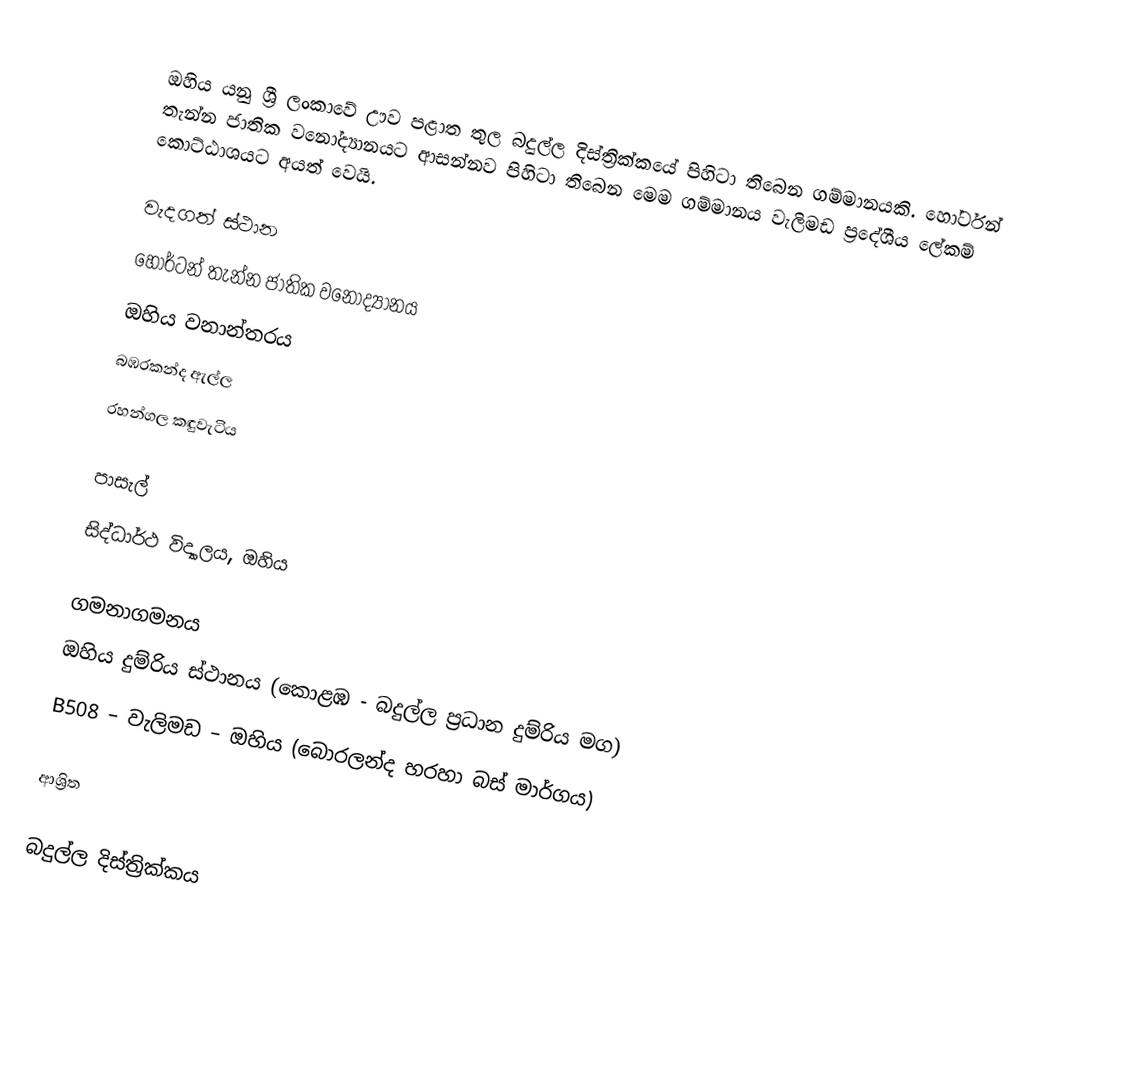
ඔහිය යනු ශ්‍රී ලංකාවේ ඌව පළාත තුල බදුල්ල දිස්ත්‍රික්කයේ පිහිටා තිබෙන ගම්මානයකි. හෝර්ටන් තැන්න ජාතික වනෝද්‍යානයට ආසන්නව පිහිටා තිබෙන මෙම ගම්මානය වැලිමඩ ප්‍රදේශීය ලේකම් කොට්ඨාශයට අයත් වෙයි.

වැදගත් ස්ථාන
හෝර්ටන් තැන්න ජාතික වනෝද්‍යානය
ඔහිය වනාන්තරය
බඹරකන්ද ඇල්ල
රහන්ගල කඳුවැටිය

පාසැල්
සිද්ධාර්ථ විද්‍යාලය, ඔහිය

ගමනාගමනය
 ඔහිය දුම්රිය ස්ථානය (කොළඹ - බදුල්ල ප්‍රධාන දුම්රිය මග)
 B508 – වැලිමඩ – ඔහිය (බොරලන්ද හරහා බස් මාර්ගය)

ආශ්‍රිත

බදුල්ල දිස්ත්‍රික්කය